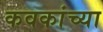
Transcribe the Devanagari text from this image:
कवकांच्या